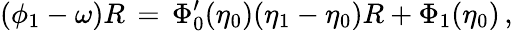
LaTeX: (\phi_{1}-\omega)R\, =\, \Phi_{0}^{\prime}(\eta_{0})(\eta_{1}-\eta_{0})R+\Phi_{1}(\eta_{0})\, ,